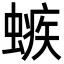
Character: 螏